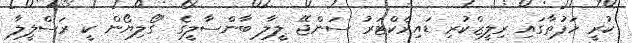
ކުރީ ހަފުތާގައި ރިލީޒްކުރި ޑައިރެކްޓަރު ސަންޖޭ ލީލާ ބާންސާލީގެ "ގޯލިޔޯން ކީ ރަސްލީލާ